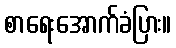
စာရေးအောက်ခံပြား။